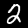
Label: 2